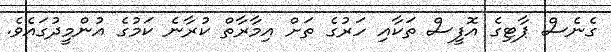
ގެނެސް ޕާޓިގެ އޮފީސް ތަކާއި ހަރުގެ ތަށް އިމާރާތް ކުރާނެ ކަމުގެ އުންމީދުގައެވެ.